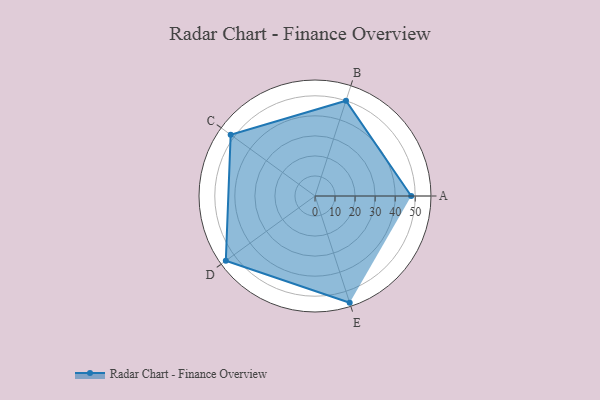
{"axis": {"x": "Skill", "y": "Score"}, "legend": ["Profile"], "data": [{"x": "A", "y": 48.0, "type": "Profile"}, {"x": "B", "y": 50.0, "type": "Profile"}, {"x": "C", "y": 52.0, "type": "Profile"}, {"x": "D", "y": 55.0, "type": "Profile"}, {"x": "E", "y": 56.0, "type": "Profile"}]}